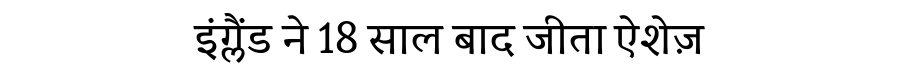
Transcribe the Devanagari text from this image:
इंग्लैंड ने 18 साल बाद जीता ऐशेज़